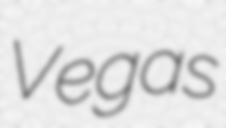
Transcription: Vegas